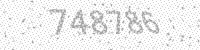
Solution: 748786